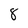
Character: 8